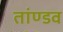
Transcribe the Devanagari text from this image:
तांण्डव